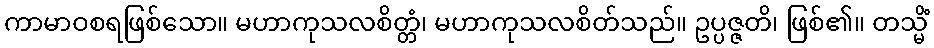
ကာမာဝစရဖြစ်သော။ မဟာကုသလစိတ္တံ၊ မဟာကုသလစိတ်သည်။ ဥပ္ပဇ္ဇတိ၊ ဖြစ်၏။ တသ္မိံ